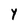
Character: Y